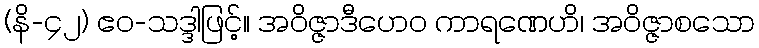
(နိ-၄၂) ဧဝ-သဒ္ဒါဖြင့်။ အဝိဇ္ဇာဒီဟေဝ ကာရဏေဟိ၊ အဝိဇ္ဇာစသော